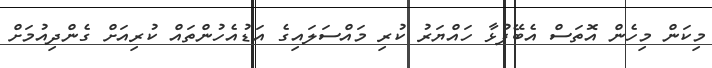
މިކަން މިހެން އޮތަސް އެބޭފުޅާ ހައްޔަރު ކުރި މައްސަލައިގެ އަޑުއެހުންތައް ކުރިއަށް ގެންދިއުމަށް